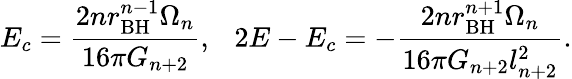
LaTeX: E_{c}=\frac{2nr_{\mathrm{BH}}^{n-1}\Omega_{n}}{16\pi G_{n+2}},\ \ \ 2E-E_{c}=-\frac{2nr_{\mathrm{BH}}^{n+1}\Omega_{n}}{16\pi G_{n+2}l_{n+2}^{2}}.